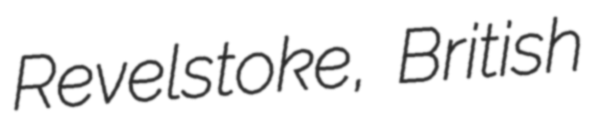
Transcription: Revelstoke, British